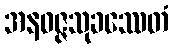
အနဝဇ္ဇသုခဿေတံ